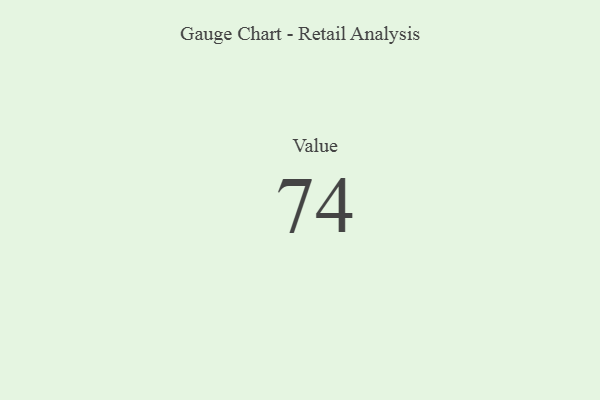
{"axis": {"x": "Metric", "y": "Value"}, "legend": [""], "data": [{"x": "Value", "y": 74, "type": ""}]}